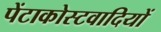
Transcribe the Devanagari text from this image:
पेंटाकोस्टवादियों